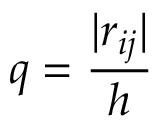
q = \frac { \vert r _ { i j } \vert } { h }